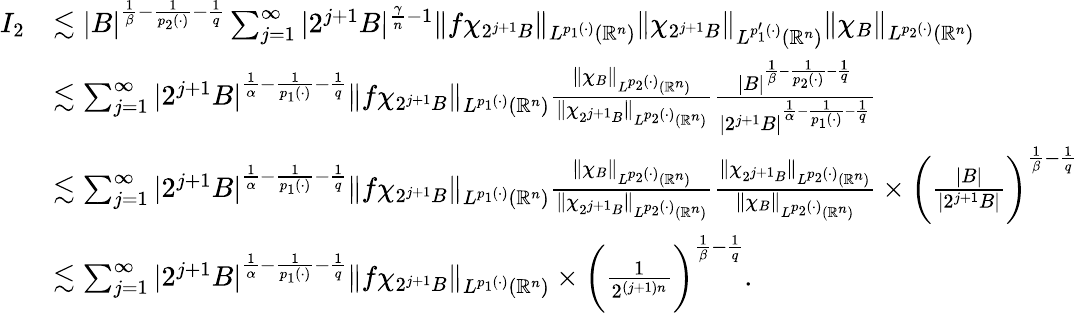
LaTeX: \begin{array}{rl}{I_{2}}&{\lesssim|B|^{\frac{1}{\beta}-\frac{1}{p_{2}(\cdot)}-\frac{1}{q}}\sum_{j=1}^{\infty}|2^{j+1}B|^{\frac{\gamma}{n}-1}\| f\chi_{2^{j+1}B}\| _{L^{p_{1}(\cdot)}(\mathbb{R}^{n})}\| \chi_{2^{j+1}B}\| _{L^{p_{1}^{\prime}(\cdot)}(\mathbb{R}^{n})}\| \chi_{B}\| _{L^{p_{2}(\cdot)}(\mathbb{R}^{n})}}\\ &{\lesssim\sum_{j=1}^{\infty}|2^{j+1}B|^{\frac{1}{\alpha}-\frac{1}{p_{1}(\cdot)}-\frac{1}{q}}\| f\chi_{2^{j+1}B}\| _{L^{p_{1}(\cdot)}(\mathbb{R}^{n})}\frac{\| \chi_{B}\| _{L^{p_{2}(\cdot)}(\mathbb{R}^{n})}}{\| \chi_{2^{j+1}B}\| _{L^{p_{2}(\cdot)}(\mathbb{R}^{n})}}\frac{|B|^{\frac{1}{\beta}-\frac{1}{p_{2}(\cdot)}-\frac{1}{q}}}{|2^{j+1}B|^{\frac{1}{\alpha}-\frac{1}{p_{1}(\cdot)}-\frac{1}{q}}}}\\ &{\lesssim\sum_{j=1}^{\infty}|2^{j+1}B|^{\frac{1}{\alpha}-\frac{1}{p_{1}(\cdot)}-\frac{1}{q}}\| f\chi_{2^{j+1}B}\| _{L^{p_{1}(\cdot)}(\mathbb{R}^{n})}\frac{\| \chi_{B}\| _{L^{p_{2}(\cdot)}(\mathbb{R}^{n})}}{\| \chi_{2^{j+1}B}\| _{L^{p_{2}(\cdot)}(\mathbb{R}^{n})}}\frac{\| \chi_{2^{j+1}B}\| _{L^{p_{2}(\cdot)}(\mathbb{R}^{n})}}{\| \chi_{B}\| _{L^{p_{2}(\cdot)}(\mathbb{R}^{n})}}\times\bigg(\frac{|B|}{|2^{j+1}B|}\bigg)^{\frac{1}{\beta}-\frac{1}{q}}}\\ &{\lesssim\sum_{j=1}^{\infty}|2^{j+1}B|^{\frac{1}{\alpha}-\frac{1}{p_{1}(\cdot)}-\frac{1}{q}}\| f\chi_{2^{j+1}B}\| _{L^{p_{1}(\cdot)}(\mathbb{R}^{n})}\times\bigg(\frac{1}{2^{(j+1)n}}\bigg)^{\frac{1}{\beta}-\frac{1}{q}}.}\end{array}